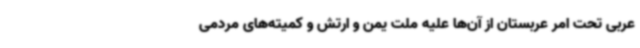
عربی تحت امر عربستان از آن‌ها علیه ملت یمن و ارتش و کمیته‌های مردمی